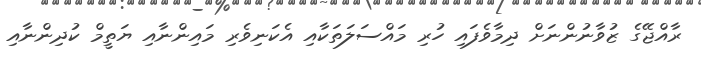
ރާއްޖޭގެ ޒުވާނުންނަށް ދިމާވެފައި ހުރި މައްސަލަތަކާއި އެކަނިވެރި މައިންނާއި ޔަތީމް ކުދިންނާއި